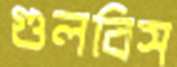
গুলবিস